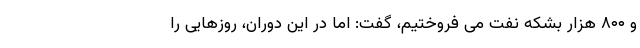
و ۸۰۰ هزار بشکه نفت می فروختیم، گفت: اما در این دوران، روزهایی را